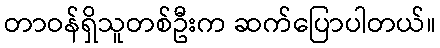
တာဝန်ရှိသူတစ်ဦးက ဆက်ပြောပါတယ်။